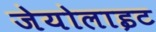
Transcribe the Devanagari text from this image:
जेयोलाइट